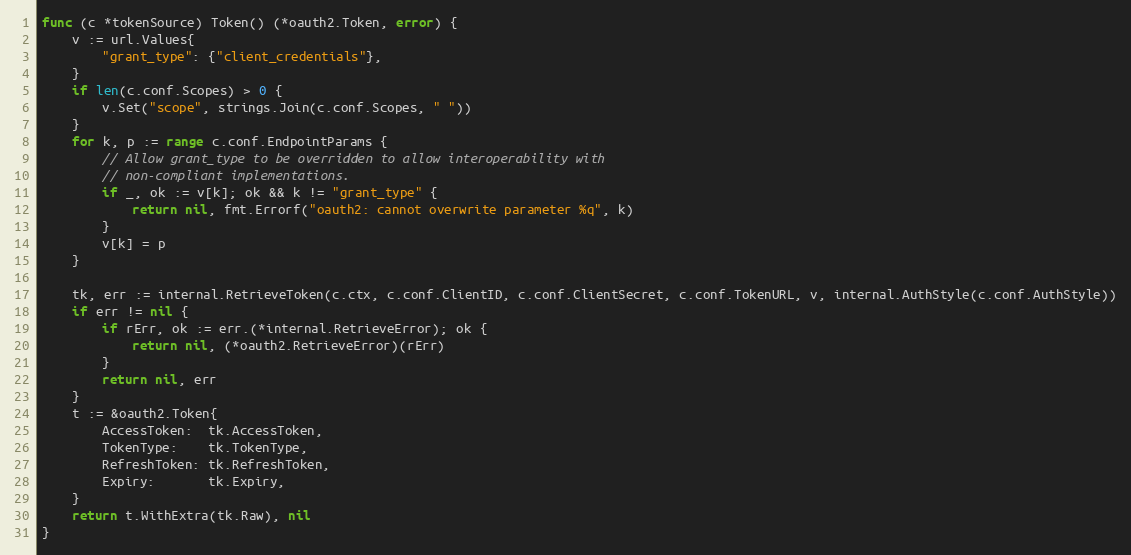
Language: Go
func (c *tokenSource) Token() (*oauth2.Token, error) {
	v := url.Values{
		"grant_type": {"client_credentials"},
	}
	if len(c.conf.Scopes) > 0 {
		v.Set("scope", strings.Join(c.conf.Scopes, " "))
	}
	for k, p := range c.conf.EndpointParams {
		// Allow grant_type to be overridden to allow interoperability with
		// non-compliant implementations.
		if _, ok := v[k]; ok && k != "grant_type" {
			return nil, fmt.Errorf("oauth2: cannot overwrite parameter %q", k)
		}
		v[k] = p
	}

	tk, err := internal.RetrieveToken(c.ctx, c.conf.ClientID, c.conf.ClientSecret, c.conf.TokenURL, v, internal.AuthStyle(c.conf.AuthStyle))
	if err != nil {
		if rErr, ok := err.(*internal.RetrieveError); ok {
			return nil, (*oauth2.RetrieveError)(rErr)
		}
		return nil, err
	}
	t := &oauth2.Token{
		AccessToken:  tk.AccessToken,
		TokenType:    tk.TokenType,
		RefreshToken: tk.RefreshToken,
		Expiry:       tk.Expiry,
	}
	return t.WithExtra(tk.Raw), nil
}